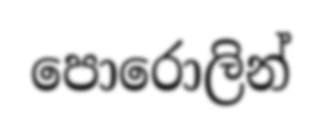
පොරොලින්